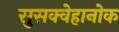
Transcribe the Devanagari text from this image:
सुसक्वेहानोक